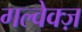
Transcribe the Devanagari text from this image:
गल्वेक्ज़